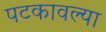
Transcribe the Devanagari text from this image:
पटकावल्या